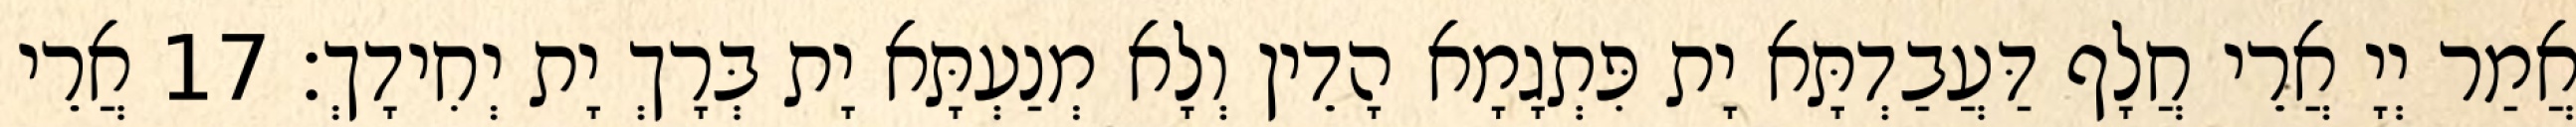
אֲמַר יְיָ אֲרֵי חֲלָף דַּעֲבַדְתָּא יָת פִּתְגָמָא הָדֵין וְלָא מְנַעְתָּא יָת בְּרָךְ יָת יְחִידָךְ׃ 17 אֲרֵי